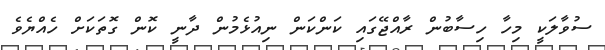
ސުވާލަކީ މިހާ ހިސާބުން ރާއްޖޭގައި ކަންކަން ނިއުޅެމުން ދާނީ ކޮން ގޮތަކަށް ހެއްޔެވެ